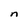
Character: n